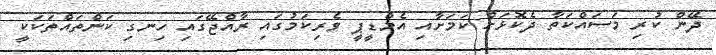
ދޭން ކުރި މަސައްކަތާ ދެކޮޅަށް ކަމަށާއި އެމްޑީޕީ ވެރިކަމުގައި ރާއްޖޭގައި ހިނގި ކަންތައްތަކަކީ